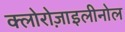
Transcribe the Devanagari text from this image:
क्लोरोज़ाइलीनोल